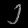
Digit: ၂